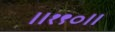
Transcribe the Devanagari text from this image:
॥१९०॥